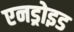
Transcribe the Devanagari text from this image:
एनड्रोइड